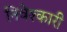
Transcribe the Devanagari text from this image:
निवेश्कारी